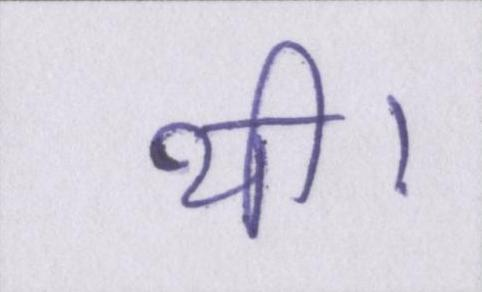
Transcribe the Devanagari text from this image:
थी।